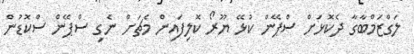
ލަގްޒަމްބާގާ ދެކޮޅަށް ސްޕޭން ކުޅޭ ޔޫރޯ ކޮލިފައިން މެޗަށް ނެގި ސްޕޭން ސްކޮޑުން